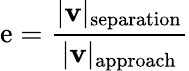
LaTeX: \mathrm{e}={\frac{{|\mathbf{{v}}|_{\mathrm{{s\mathrm{e}paration}}}}}{{|\mathbf{{v}}|_{\mathrm{{approach}}}}}}